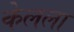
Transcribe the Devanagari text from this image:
केलला